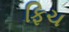
ફિચ